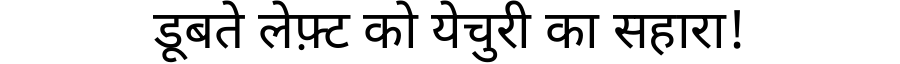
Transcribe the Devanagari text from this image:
डूबते लेफ़्ट को येचुरी का सहारा!